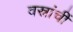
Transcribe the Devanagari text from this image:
वस्रांचीं